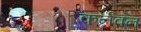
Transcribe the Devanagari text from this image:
कर्नवन